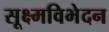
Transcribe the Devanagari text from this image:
सूक्ष्मविभेदन